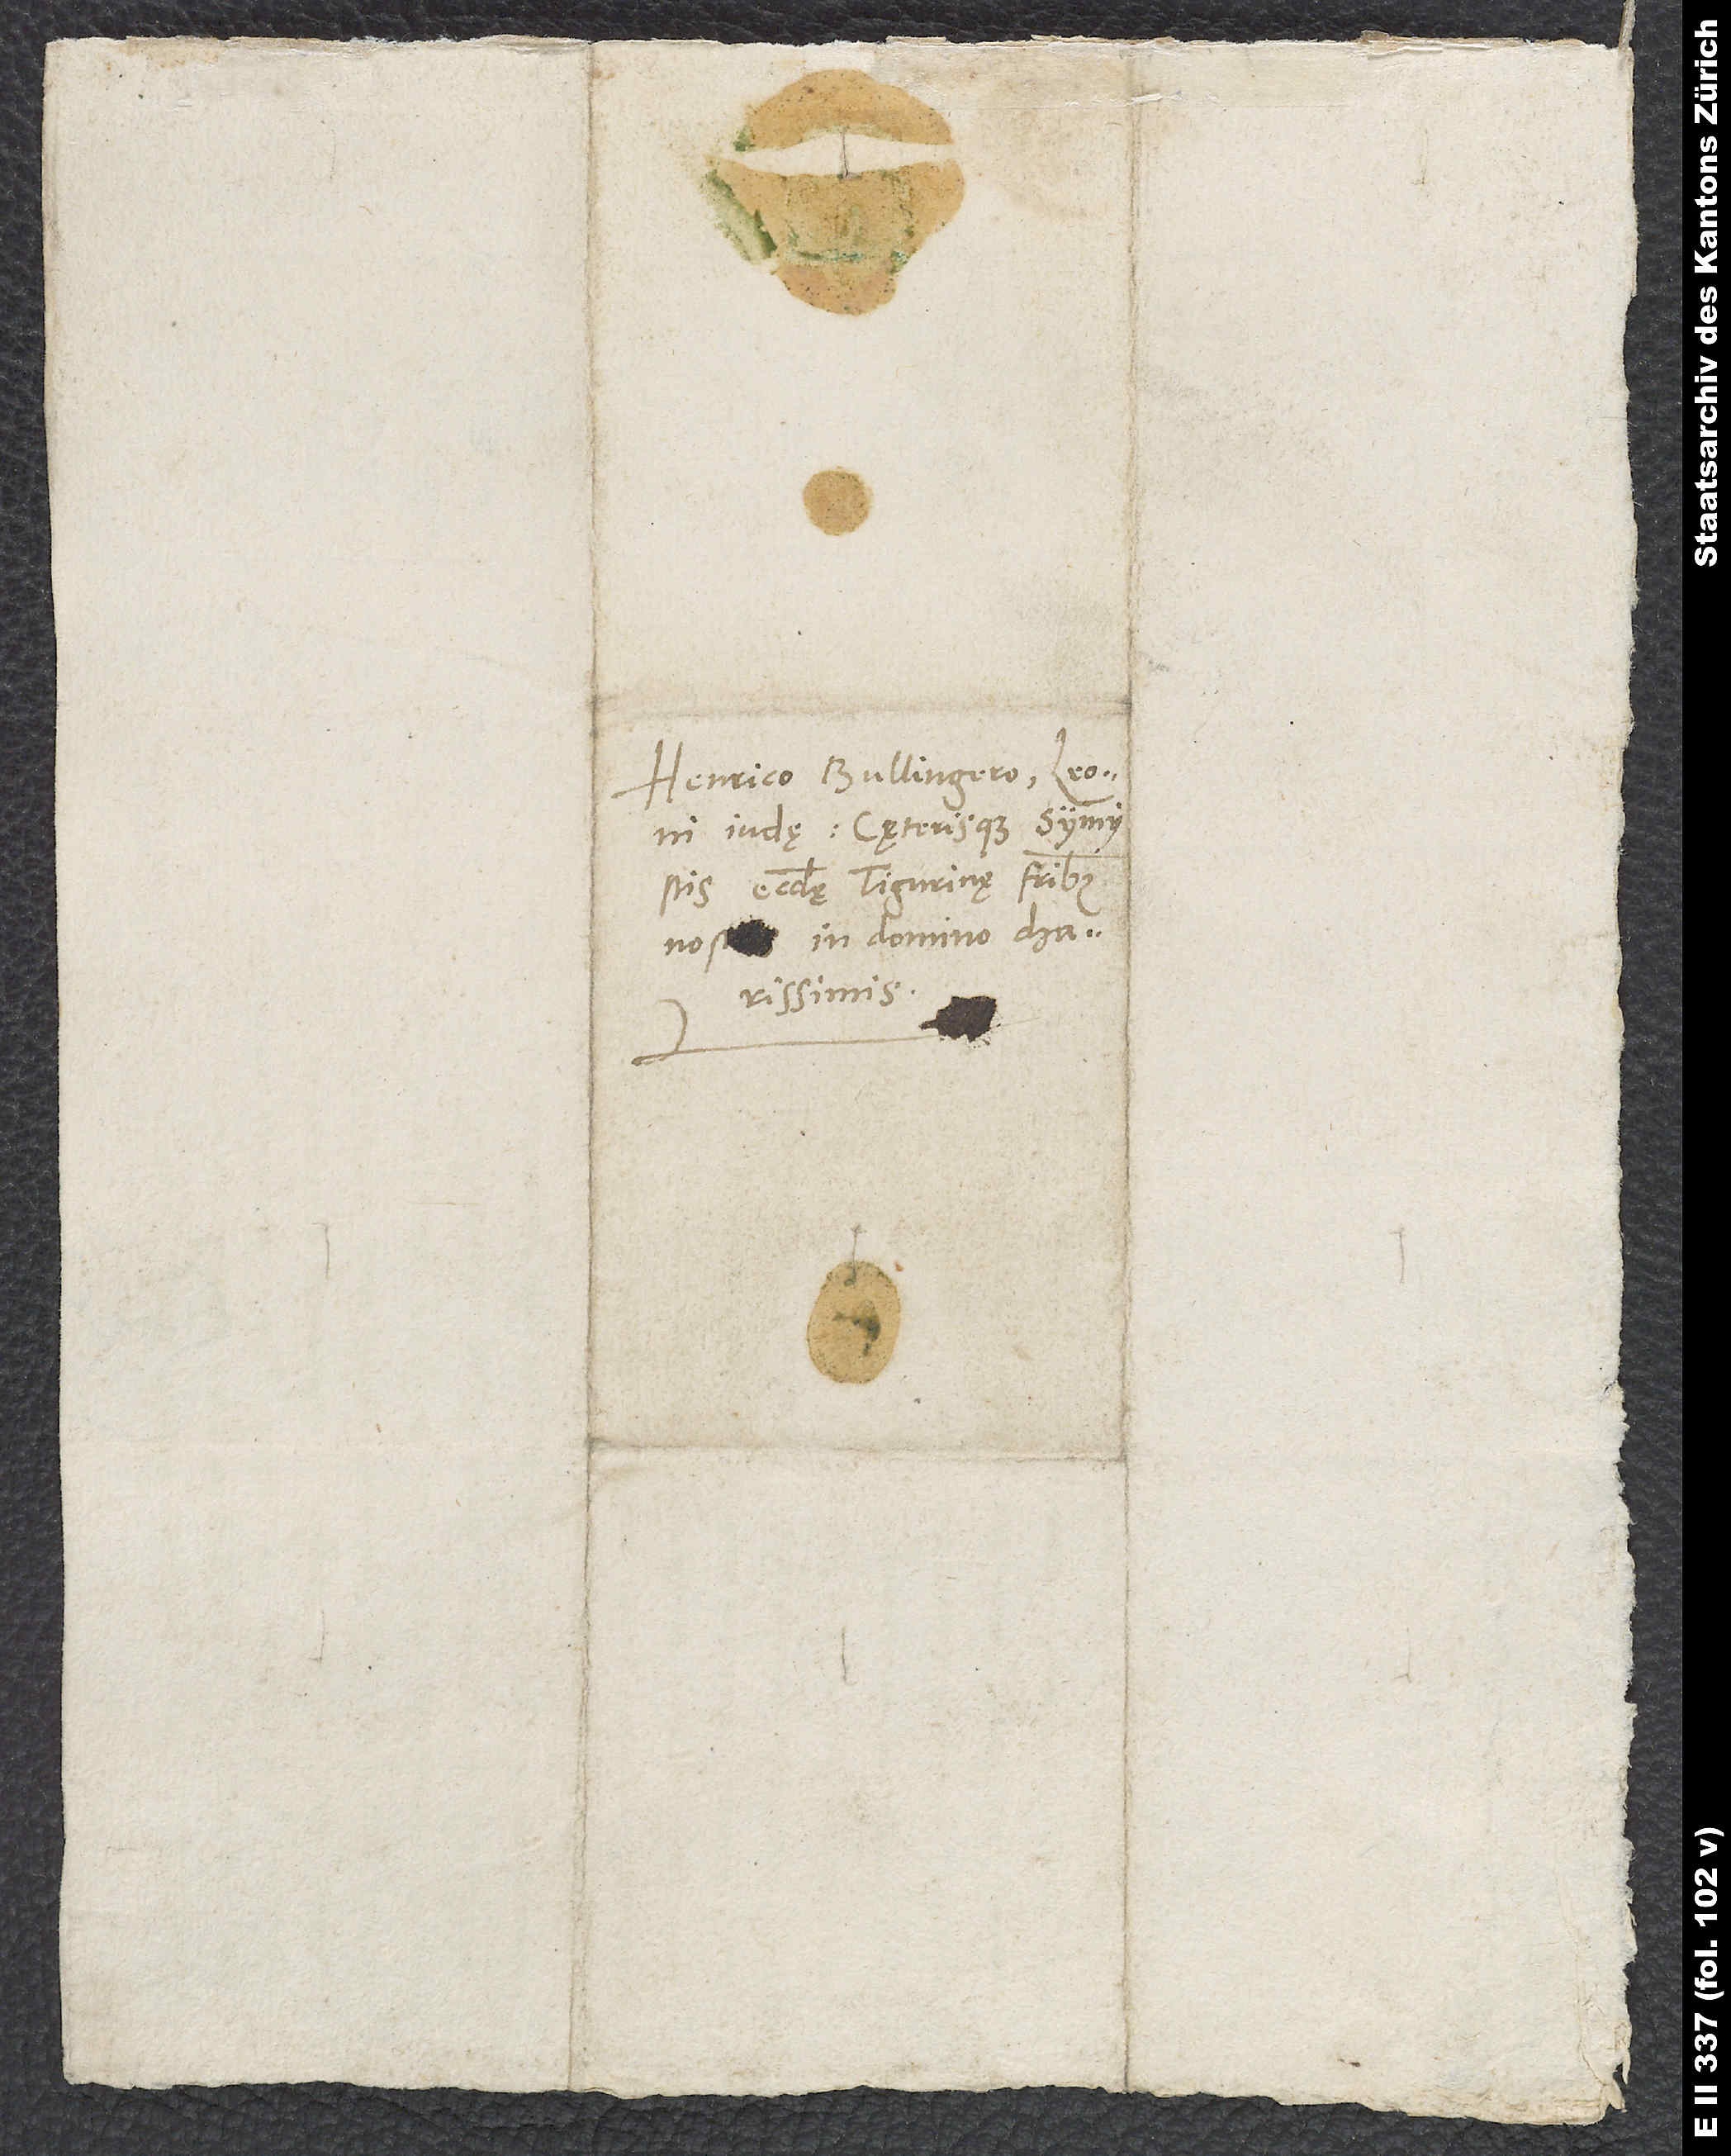
Henrico Bullingero, Leoni
Iudae caeterisque symmystis
ecclesię Tigurinę, fratribus
nostris in domino charissimis.